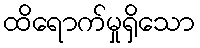
ထိရောက်မှုရှိသော